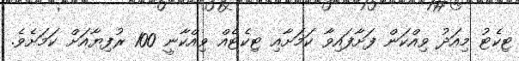
ޓިކެޓު މިއަދު ވިއްކަން ފަށާފައިވާ ކަމަށާއި ޓިކެޓެއް ވިއްކާނީ 100 ރުފިޔާއަށް ކަމަށެވެ.